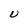
Character: U